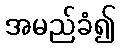
အမည်ခံ၍